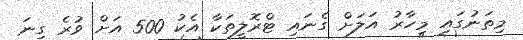
މިތަނުގައި މިހާރު އަލަށް ގެނައި ޓްރޮލީތަކާ އެކު 500 އަށް ވުރެ ގިނަ